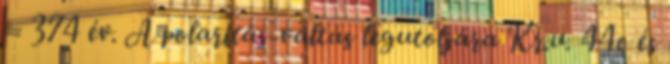
= 374 év. A polaritás-váltás legutoljára Kr.u. 44o és